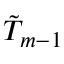
\tilde { T } _ { m - 1 }